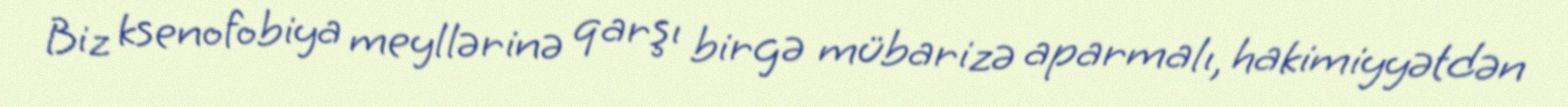
Biz ksenofobiya meyllərinə qarşı birgə mübarizə aparmalı, hakimiyyətdən